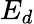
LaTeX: E_{d}